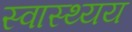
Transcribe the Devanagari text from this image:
स्वास्थ्यय